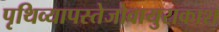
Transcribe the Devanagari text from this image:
पृथिव्यापस्तेजोवायुराकाश